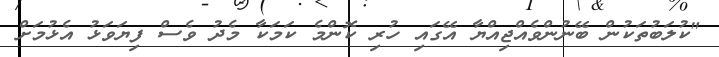
"ކުލަބުތަކުން ބޭނުންވެއްޖިއްޔާ އޭގައި ހުރި ކޮންމެ ކަމަކާ މެދު ވެސް ފިޔަވަޅު އެޅުމަށް